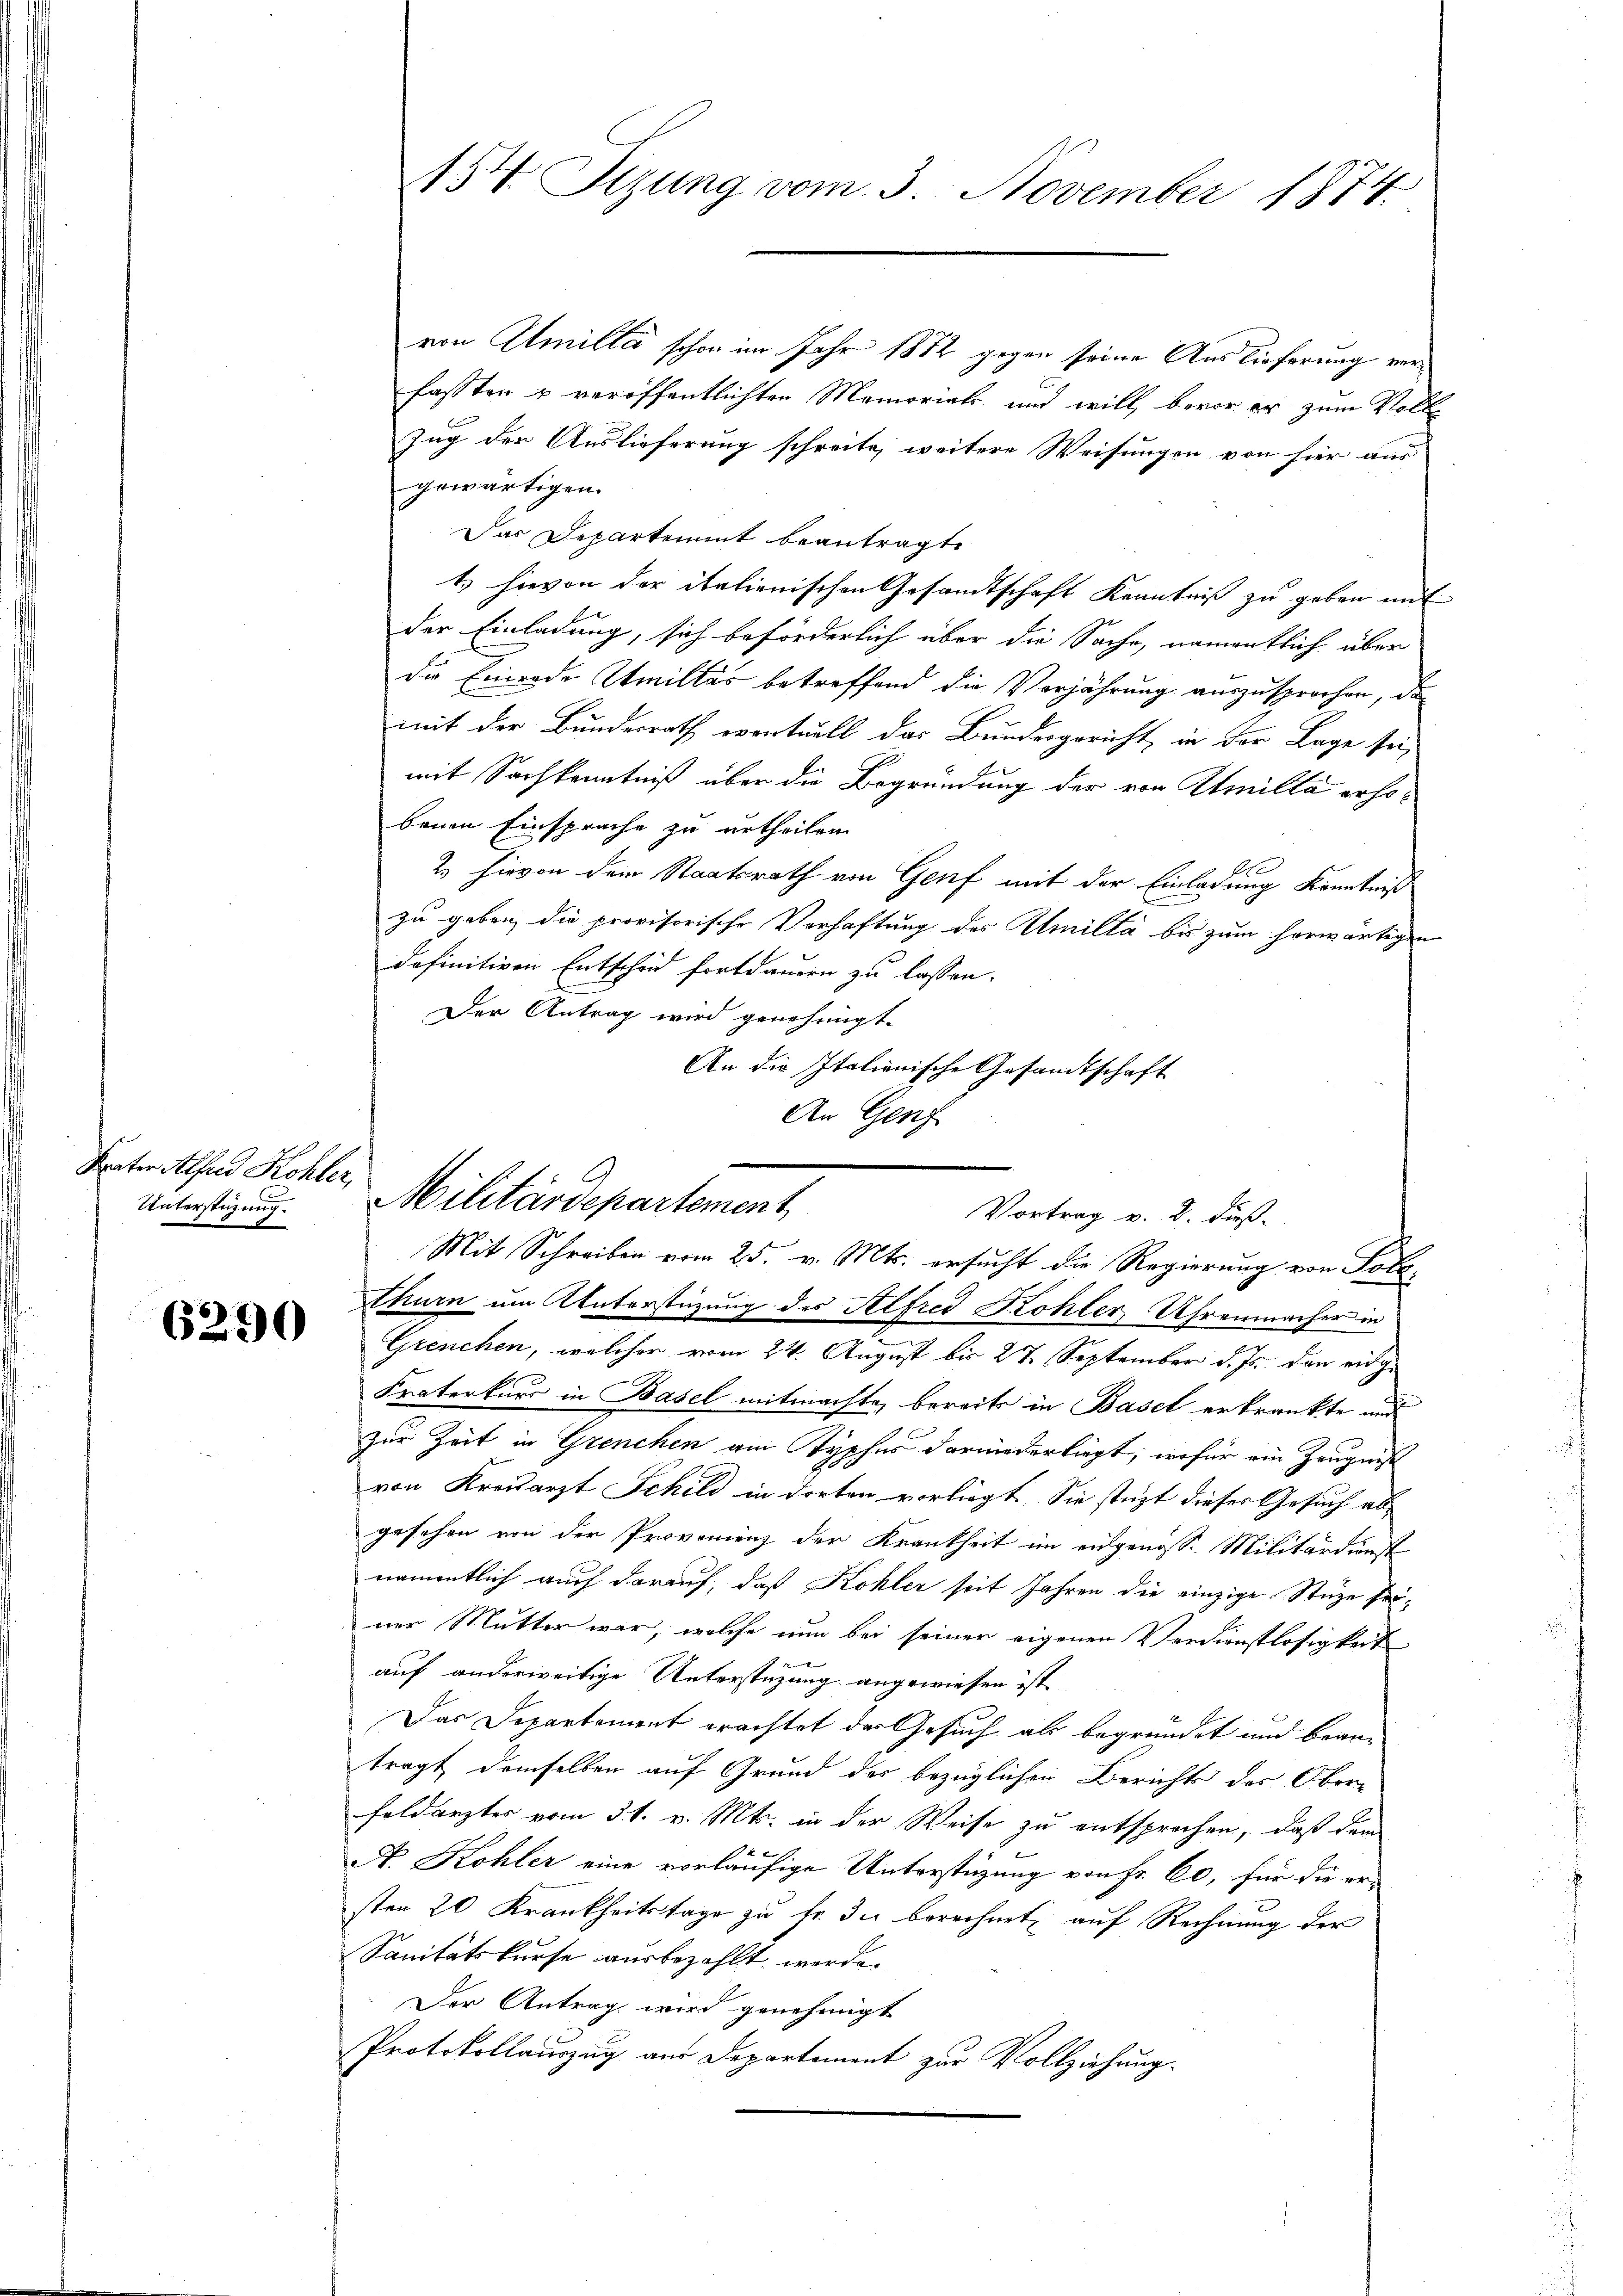
Brater Alfred Kohler,
Unterstüzung.

6290

von Amille schon im Jahr 1872 gegen seine Auslieferung verfassten u veröffentlichten Memorirt und will, bevor er zum Volle
Zug der Auslieferung schreite, weitere Weisungen von hier aus
gewärtigen.
Das Departement beantragt.
1 hievon der italienischen Gesandtschaft Kenntniß zu geben mit
der Einladung, sich beförderlich über die Sache, namentlich über
die Einrede Amilles betreffend die Verjährung auszusprochen, da
mit der Bundesrath eventuell das Bundesgericht in der Lage sei,
mit Sachkenntniß über die Begründung der von Atmilta erhobenen Einsprache zu urtheilen
2 hievon dem Staatsrath von Genf mit der Einladung Kenntniß
zu geben die provisorische Verhaftung des Amilla bis zum herwärtigen
definitiven Entscheid fortdamen zu lassen.
Der Antrag wird genehmigt.
An die Italienische Gesandtschaft
Mit Schreiben vom 25. v. Mts. ersucht die Regierung von Toll-
thurn um Unterstüzung des Alfred Kohler, Uhrenmacher in
Grenchen, welcher vom 24. August bis 27. September d. Js. den eidge
Fraterkurs in Basel mitmachte, bereits in Basel erkrankte und
zur Zeit in Grenchen am Typhes darniederliegt, wofür ein Zeugnis
von Kreisarzt Schild in dorten vorliegt. Sie stüzt dieses Gesuch als
gesehen von der Provomienz der Krankheit im eidgenosse Militärdienst
namentlich auch darauf, daß Kohler seit Jahren die einzige Stuze seiner Mutter war, welche nun bei seiner eigenen Verdienstlosigkeit
auf anderweitige Unterstüzung angewiesen ist
Das Departement erachtet der Gesuch als begründet und beantragt demselben auf Grund des bezüglichen Berichts des Ober-
feldarztes vom 31. v. Mts. in der Weise zu entsprochen, daß dem
N. Kohler eine vorläufige Unterstützung von Fr. 60, für die er-
sten 20 Krankheitstage zŭ fr. die berechnet auf Rechnung der
Sanitätskurse ausbezahlt werde.
Der Antrag wird genehmigt
Protokollauszug aus Departement zur Vollziehung.

154 Tizung vom 3. November 1874

An Genf
Militärdepartement
Vortrag v. 2. dieß